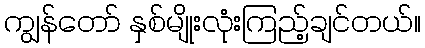
ကျွန်တော် နှစ်မျိုးလုံးကြည့်ချင်တယ်။